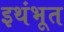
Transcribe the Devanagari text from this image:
इथंभूत